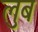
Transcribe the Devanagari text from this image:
लुब